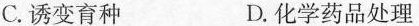
C.诱变育种 D.化学药品处理